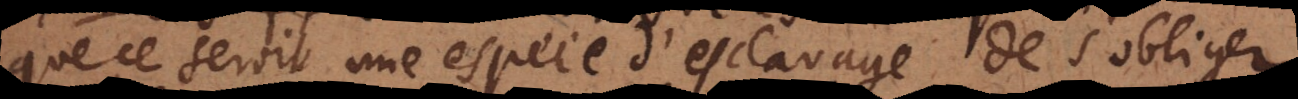
que ce seroit une espece d’esclavage de s’obliger